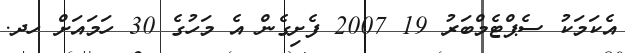
އެކަމަކު ސެޕްޓެމްބަރު 19 2007 ފެށިގެން އެ މަހުގެ 30 ހަމައަށް ހދ.